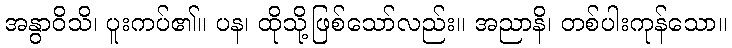
အနွာဝိသိ၊ ပူးကပ်၏။ ပန၊ ထိုသို့ဖြစ်သော်လည်း။ အညာနိ၊ တစ်ပါးကုန်သော။